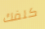
كلفك